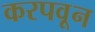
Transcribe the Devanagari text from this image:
करपवून